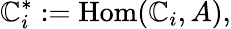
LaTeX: \mathbb{C}_{i}^{*}:=\mathrm{{Hom}}(\mathbb{C}_{i},A),